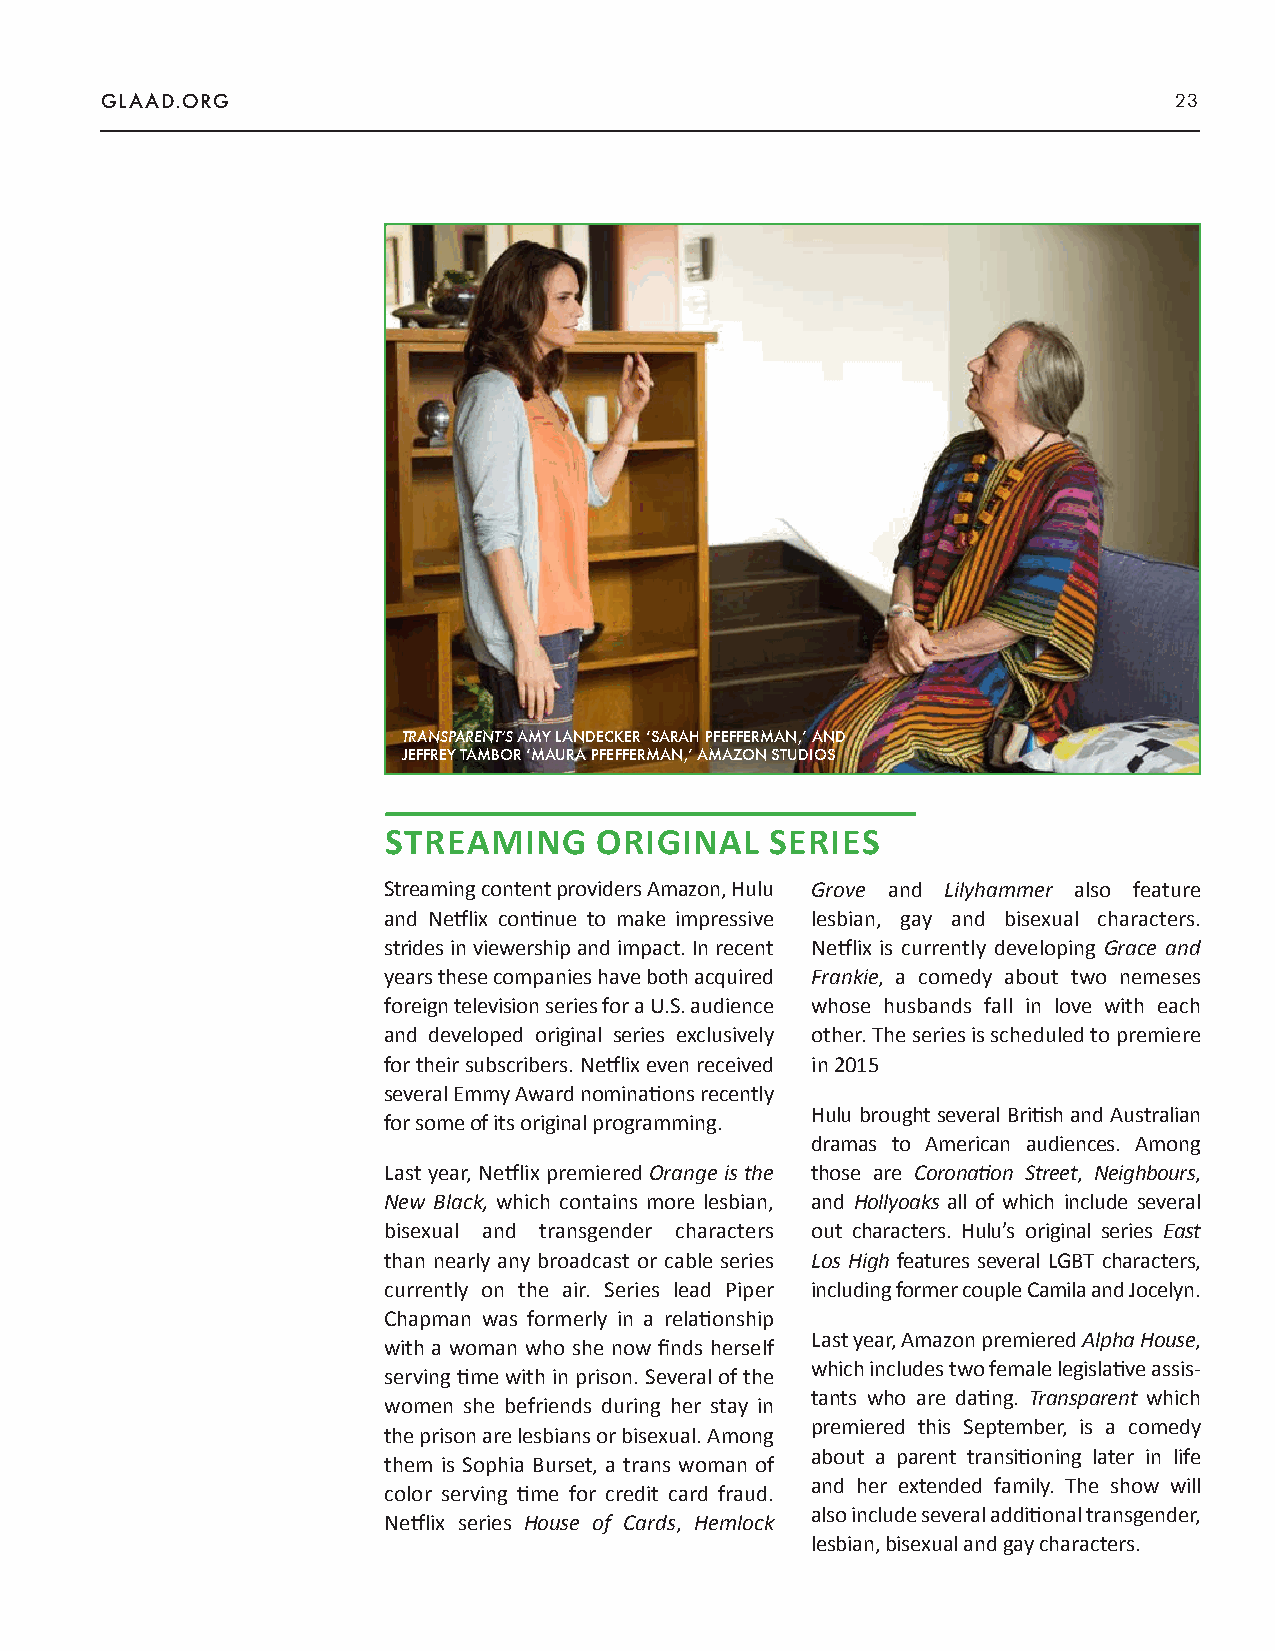
GLAAD.ORG                                                              23
 TRANSPARENT’S AMY LANDECKER ‘SARAH PFEFFERMAN,’ AND
 JEFFREY TAMBOR ‘MAURA PFEFFERMAN,’ AMAZON STUDIOS
 STREAMING     ORIGINAL    SERIES
 Streaming content providers Amazon, Hulu Grove and Lilyhammer also feature
 and Netflix continue to make impressive lesbian, gay and bisexual characters.
 strides in viewership and impact. In recent Netflix is currently developing Grace and
 years these companies have both acquired Frankie, a comedy about two nemeses
 foreign television series for a U.S. audience whose husbands fall in love with each
 and developed original series exclusively other. The series is scheduled to premiere
 for their subscribers. Netflix even received in 2015
 several Emmy Award nominations recently
 Hulu brought several British and Australian
 for some of its original programming.
 dramas to American audiences. Among
 Last year, Netflix premiered Orange is the those are Coronation Street, Neighbours,
 New Black, which contains more lesbian, and Hollyoaks all of which include several
 bisexual and transgender characters out characters. Hulu’s original series East
 than nearly any broadcast or cable series Los High features several LGBT characters,
 currently on the air. Series lead Piper including former couple Camila and Jocelyn.
 Chapman was formerly in a relationship
 Last year, Amazon premiered Alpha House,
 with a woman who she now finds herself
 which includes two female legislative assis-
 serving time with in prison. Several of the
 tants who are dating. Transparent which
 women she befriends during her stay in
 premiered this September, is a comedy
 the prison are lesbians or bisexual. Among
 about a parent transitioning later in life
 them is Sophia Burset, a trans woman of
 and her extended family. The show will
 color serving time for credit card fraud.
 also include several additional transgender,
 Netflix series House of Cards, Hemlock
 lesbian, bisexual and gay characters.